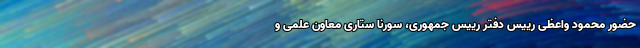
حضور محمود واعظی رییس دفتر رییس جمهوری، سورنا ستاری معاون علمی و